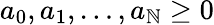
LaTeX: a_{0},a_{1},\dots,a_{\mathbb{N}}\ge0